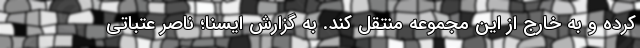
کرده و به خارج از این مجموعه منتقل کند. به گزارش ایسنا؛ ناصر عتباتی